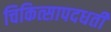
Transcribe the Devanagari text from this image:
चिकित्सापदधती